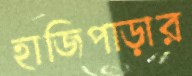
হাজিপাড়ার